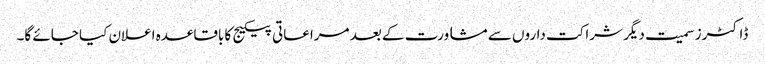
ڈاکٹرز سمیت دیگر شراکت داروں سے مشاورت کے بعد مراعاتی پیکیج کا باقاعدہ اعلان کیا جائے گا۔